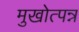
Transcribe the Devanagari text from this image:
मुखोत्पन्न